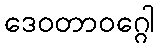
ဒေဝတာဝဂ္ဂေါ